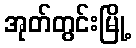
အုတ်တွင်းမြို့